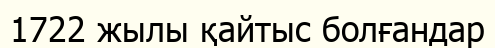
1722 жылы қайтыс болғандар